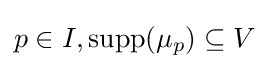
p\in I,\operatorname {supp} (\mu _{p})\subseteq V